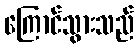
ကြောင်သွားသည်